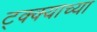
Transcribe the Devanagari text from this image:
ट्क्क्याच्या